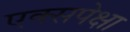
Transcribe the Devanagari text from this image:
एक्सपेक्षा